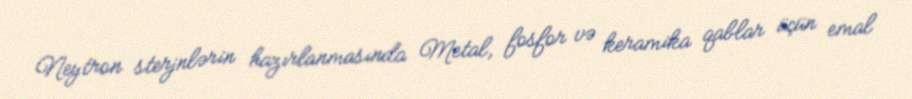
Neytron sterjnlərin hazırlanmasında Metal, fosfor və keramika qablar üçün emal